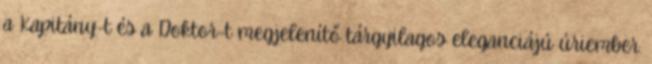
a Kapitány-t és a Doktor-t megjelenítő tárgyilagos eleganciájú úriember.